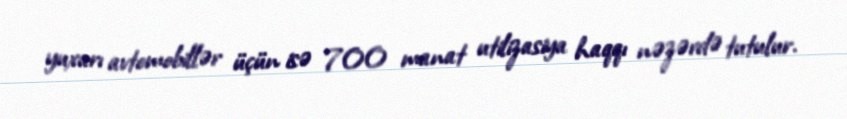
yuxarı avtomobillər üçün isə 700 manat utilizasiya haqqı nəzərdə tutulur.